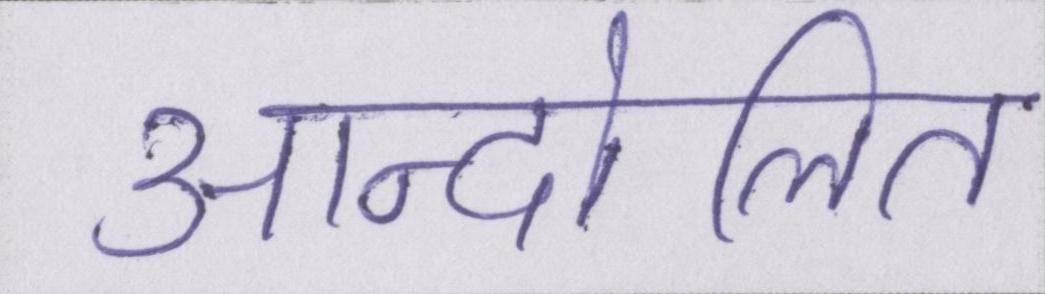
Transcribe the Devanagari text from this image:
आन्दोलित